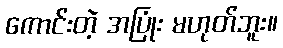
ကောင်းတဲ့ အပြုံး မဟုတ်ဘူး။